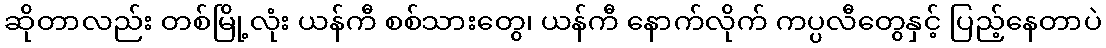
ဆိုတာလည်း တစ်မြို့လုံး ယန်ကီ စစ်သားတွေ၊ ယန်ကီ နောက်လိုက် ကပ္ပလီတွေနှင့် ပြည့်နေတာပဲ